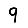
Digit: 9